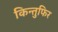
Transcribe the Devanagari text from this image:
किन्तुफिर